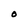
Character: O